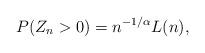
LaTeX: \begin{align*} P(Z_n > 0)= n^{-1/\alpha} L(n),\end{align*}